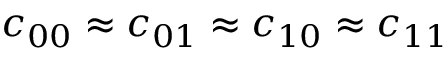
c _ { 0 0 } \approx c _ { 0 1 } \approx c _ { 1 0 } \approx c _ { 1 1 }